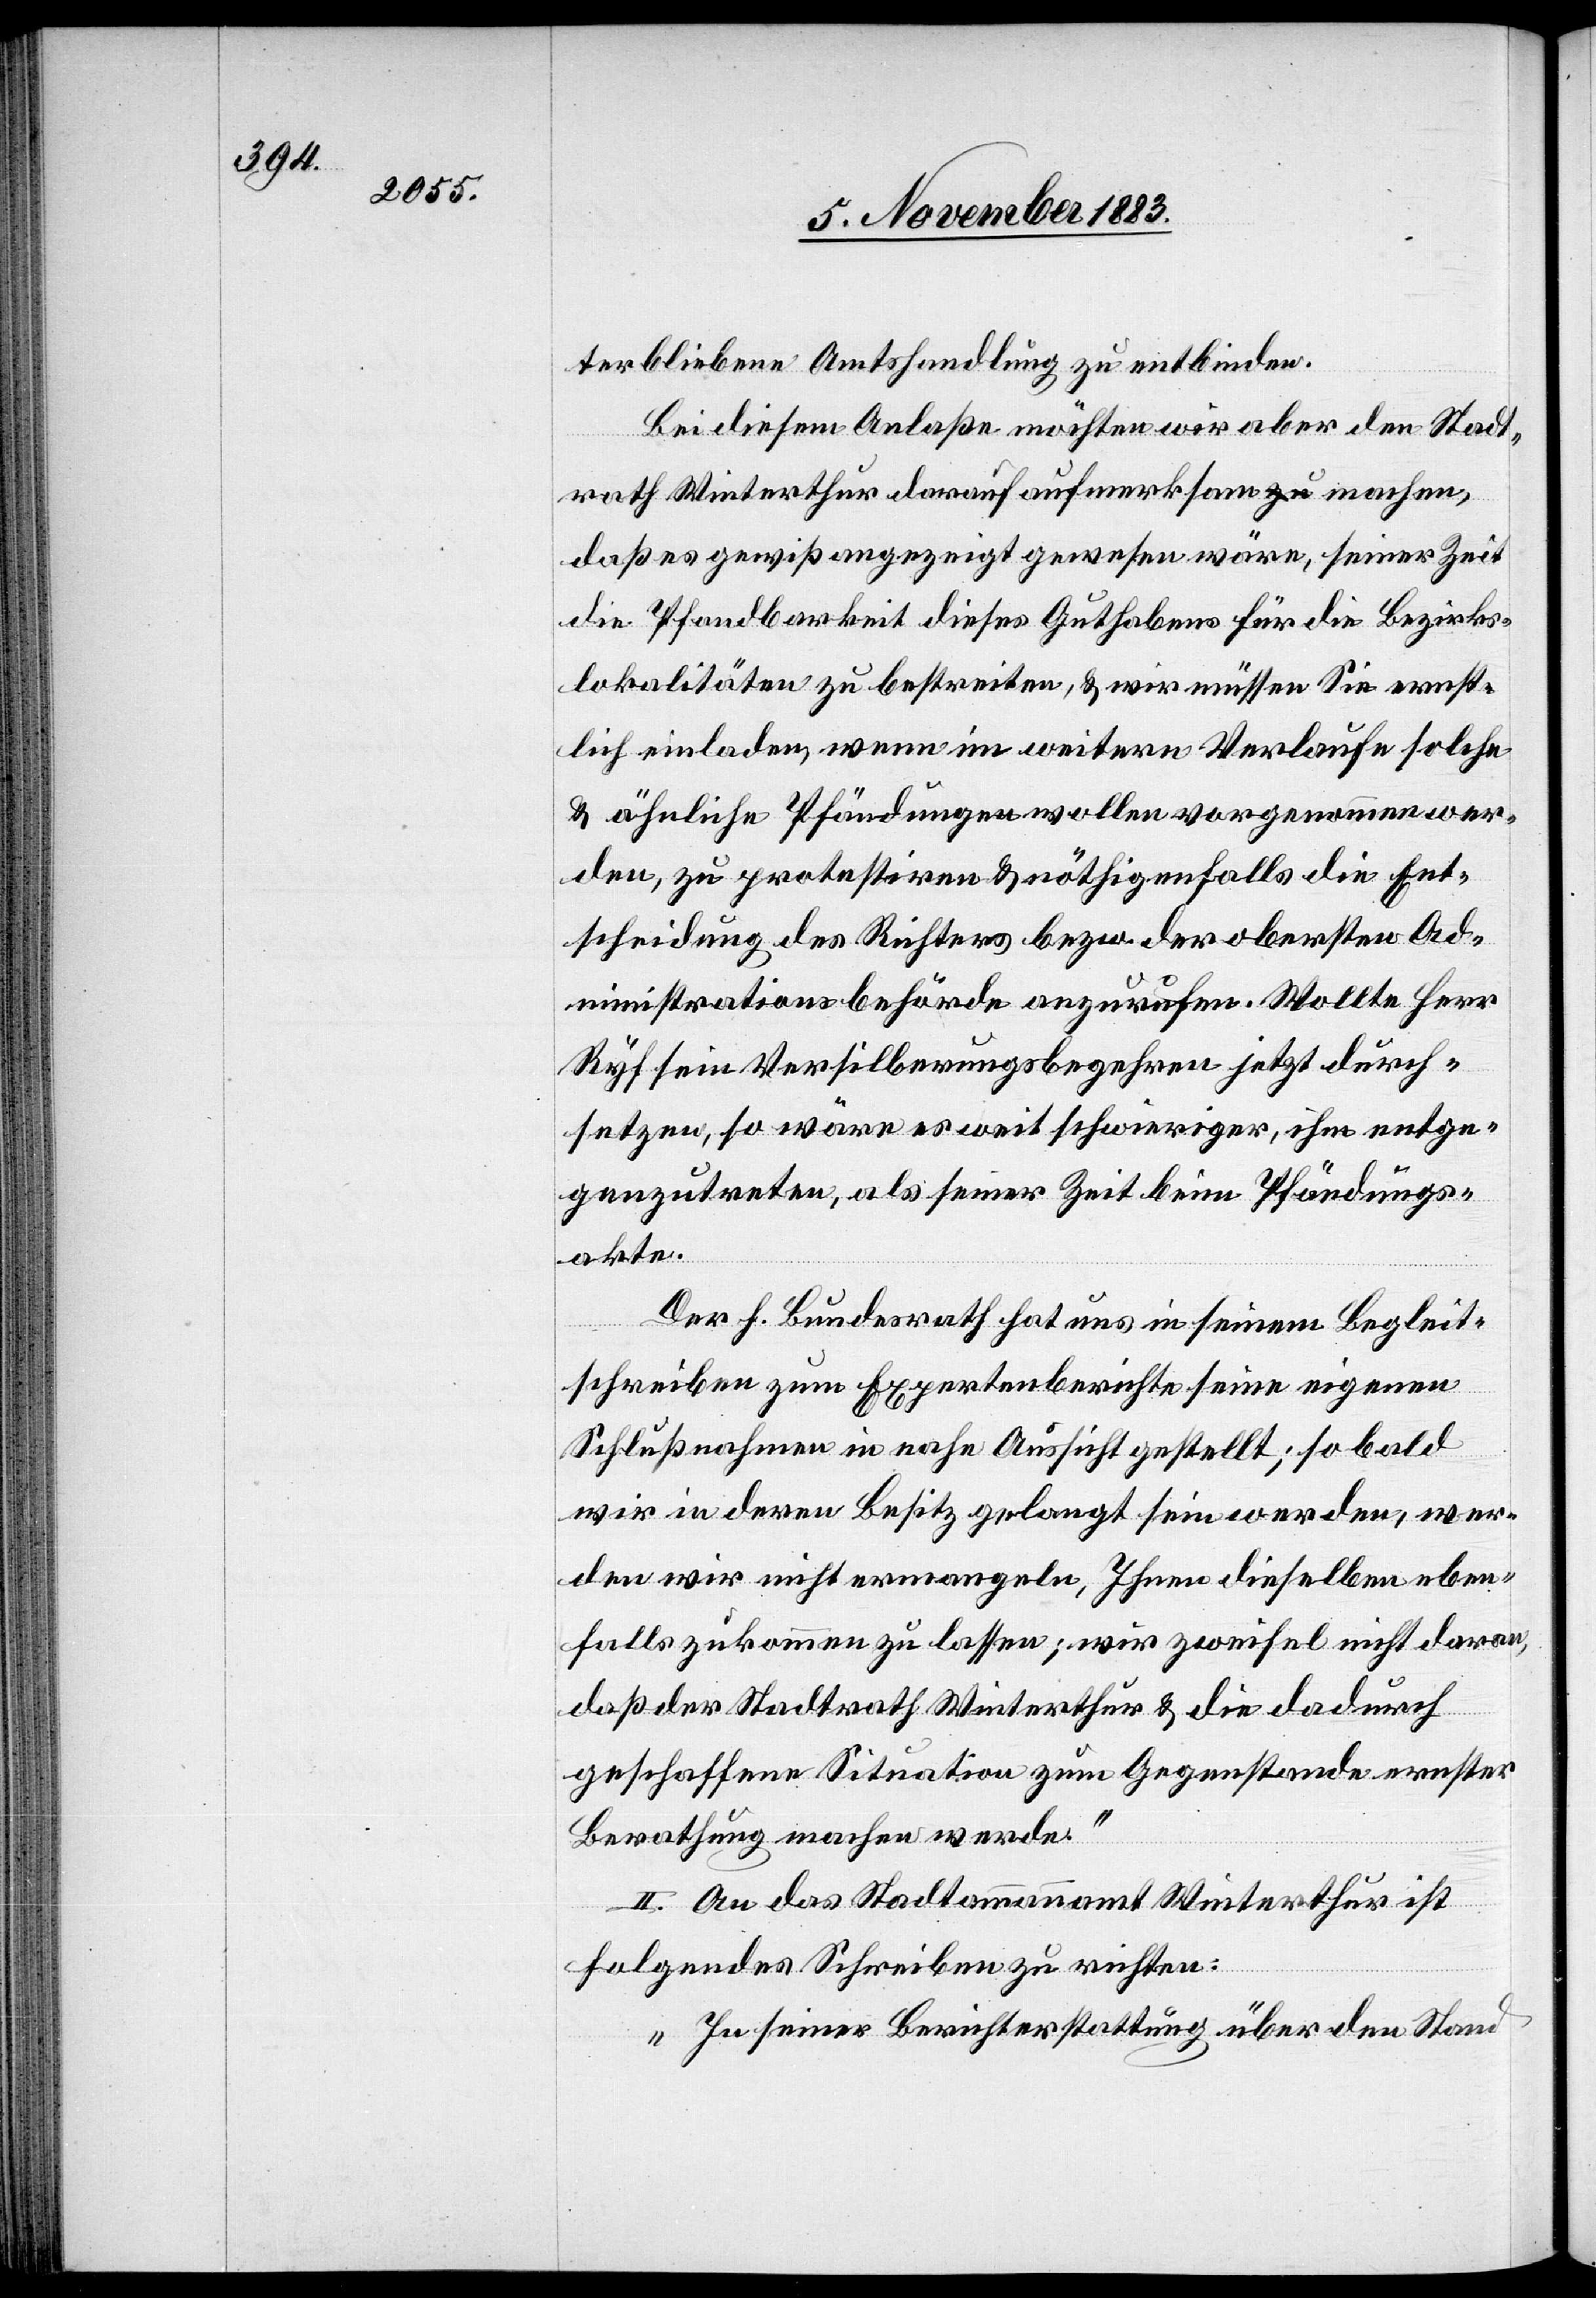
terbliebene Amtshandlung zu entbinden.
Bei diesem Anlaße möchten wir aber den Stadt¬
rath Winterthur darauf aufmerksam machen,
daß es gewiß angezeigt gewesen wäre, seiner Zeit
die Pfandbarkeit dieses Guthabens für die Bezirks¬
lokalitäten zu bestreiten, & wir müssen Sie ernst¬
lich einladen, wenn im weitern Verlaufe solche
& ähnliche Pfändungen wollen vorgenommen wer¬
den, zu protestiren & nöthigenfalls die Ent¬
scheidung des Richters bezw. der obersten Ad¬
ministrationsbehörde anzurufen. Wollte Herr
Ryf sein Versilberungsbegehren jetzt durch¬
setzen, so wäre es weit schwieriger, ihm entge¬
genzutreten, als seiner Zeit beim Pfändungs¬
akte.
Der h. Bundesrath hat uns in seinem Begleit¬
schreiben zum Expertenberichte seine eigenen
Schlußnahmen in nahe Aussicht gestellt; so bald
wir in deren Besitz gelangt sein werden, wer¬
den wir nicht ermangeln, Ihnen dieselben eben¬
falls zukommen zu lassen; wir zweifel[n] nicht daran,
daß der Stadtrath Winterthur & [sic!] die dadurch
geschaffene Situation zum Gegenstande ernster
Berathung machen werde.“
II. An das Stadtammannamt Winterthur ist
folgendes Schreiben zu richten:
„In seiner Berichterstattung über den Stand